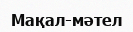
Мақал-мәтел